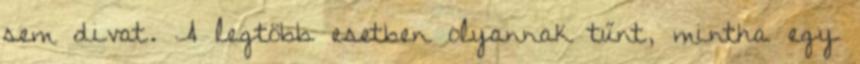
sem divat. A legtöbb esetben olyannak tűnt, mintha egy